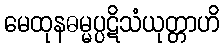
မေထုနဓမ္မပ္ပဋိသံယုတ္တာဟိ